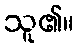
သူ၏။